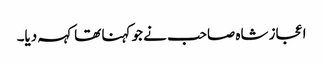
اعجاز شاہ صاحب نے جو کہنا تھا کہہ دیا۔